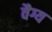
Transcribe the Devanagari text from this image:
वैग्य